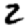
Digit: 2